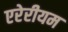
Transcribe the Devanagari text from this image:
एरेरीयम